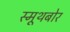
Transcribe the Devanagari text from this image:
स्मूथबोर